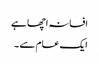
افسانہ اچھا ہے
ایک عام سے ۔